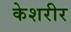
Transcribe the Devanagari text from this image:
केशरीर